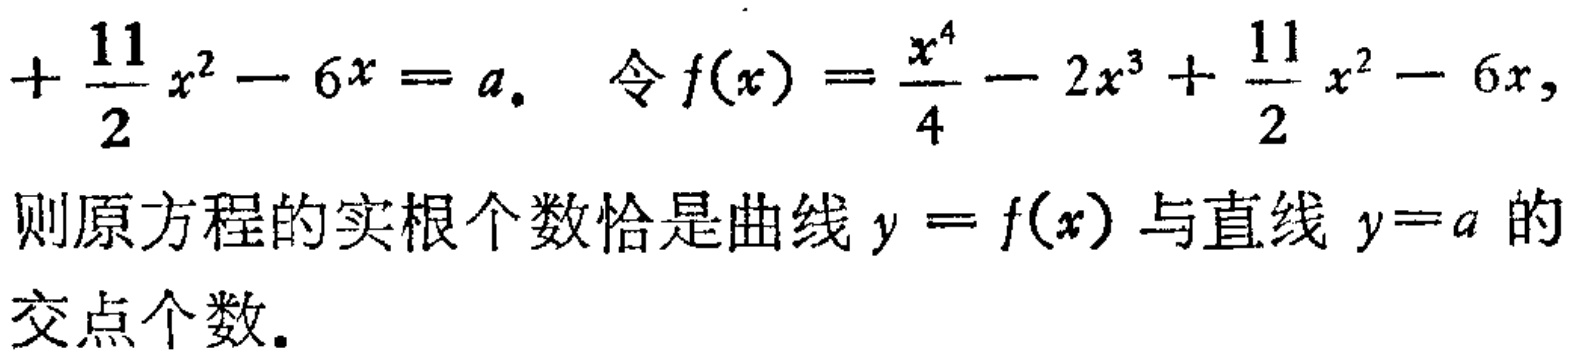
\[+\frac{11}{2}x^{2}-6x = a.\quad 令f(x)=\frac{x^{4}}{4}-2x^{3}+\frac{11}{2}x^{2}-6x,\]
则原方程的实根个数恰是曲线\(y = f(x)\)与直线\(y = a\)的
交点个数.